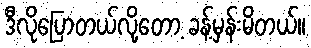
ဒီလိုပြောတယ်လို့တော့ ခန့်မှန်းမိတယ်။